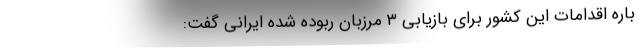
باره اقدامات این کشور برای بازیابی ۳ مرزبان ربوده شده ایرانی گفت: